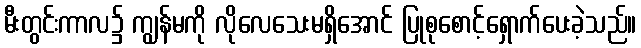
မီးတွင်းကာလ၌ ကျွန်မကို လိုလေသေးမရှိအောင် ပြုစုစောင့်ရှောက်ပေးခဲ့သည်။